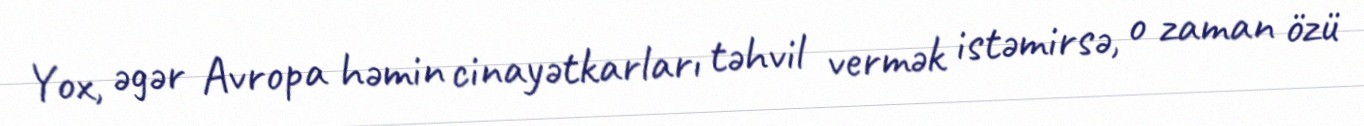
Yox, əgər Avropa həmin cinayətkarları təhvil vermək istəmirsə, o zaman özü